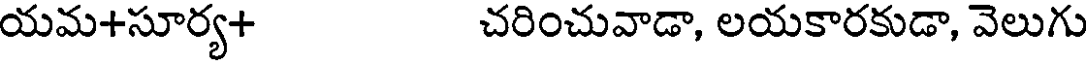
యమ+సూర్య+ చరించువాడా, లయకారకుడా, వెలుగు